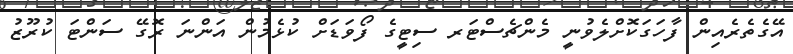
އޭގެތެރެއިން ފާހަގަކޮށްލެވުނީ މެންޗެސްޓަރ ސިޓީގެ ފޯވަޑަށް ކުޅެމުން އަންނަ ރޮގޭ ސަންޓަ ކުރޫޒު